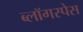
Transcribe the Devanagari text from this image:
ब्लॉगस्पेस